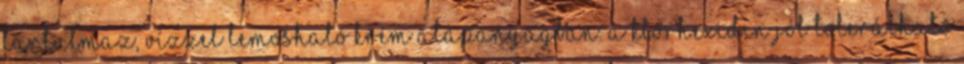
tartalmaz, vízzel lemosható krém alapanyagban. A klórhexidin jól tolerálható